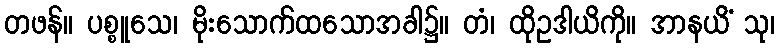
တဖန်။ ပစ္စူသေ၊ မိုးသောက်ထသောအခါ၌။ တံ၊ ထိုဥဒါယိကို။ အာနယိံ သု၊